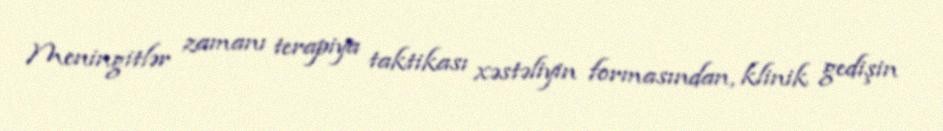
Meningitlər zamanı terapiya taktikası xəstəliyin formasından, klinik gedişin